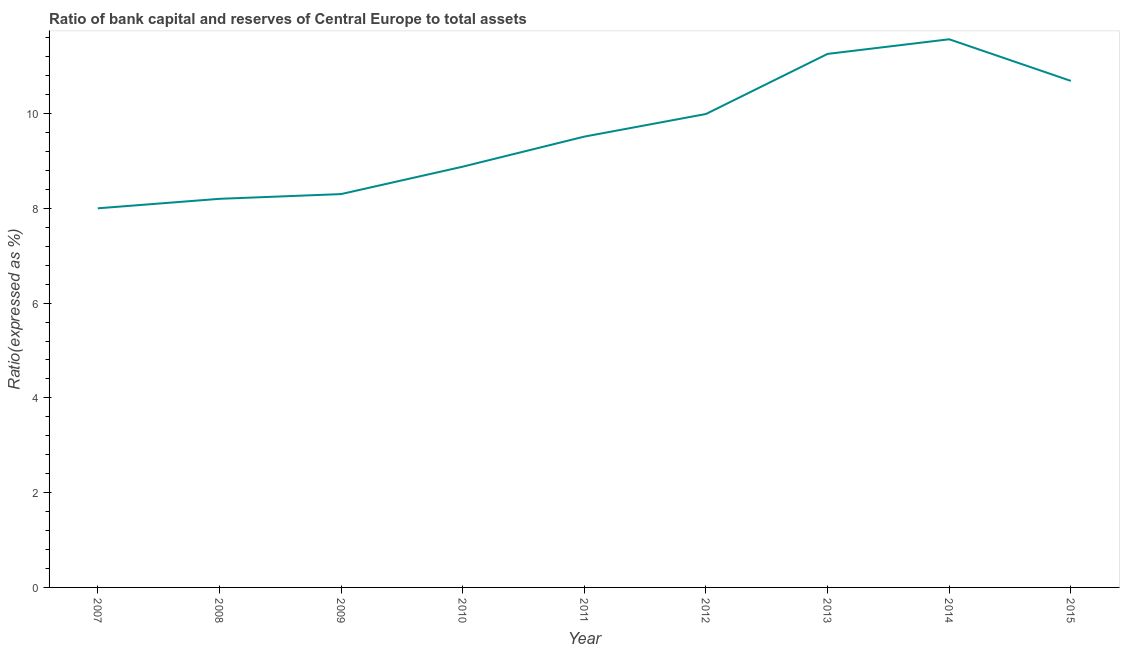
| Year | Bank capital to assets ratio |
 | --- | --- |
 | 2007 | 8 |
 | 2008 | 8.2 |
 | 2009 | 8.3 |
 | 2010 | 8.88 |
 | 2011 | 9.51 |
 | 2012 | 9.99 |
 | 2013 | 11.3 |
 | 2014 | 11.6 |
 | 2015 | 10.7 |